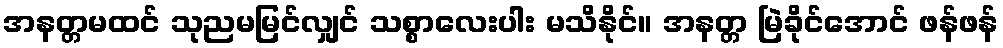
အနတ္တမထင် သုညမမြင်လျှင် သစ္စာလေးပါး မသိနိုင်။ အနတ္တ မြဲခိုင်အောင် ဖန်ဖန်